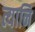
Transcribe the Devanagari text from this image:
त्यानि